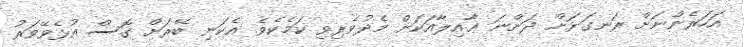
އަހަރެންނަށް ރަނގަޅަށް ދަންނަ ޢާއިލާއަކަށް މެދުވެރިވި ކަމެކެވެ. އެކަނި ބޭރަށް ގޮސް އުޅެވޭވަރު